Lunatic asylums Punjab 1868-1880 - 1868-1880
Year: 1868
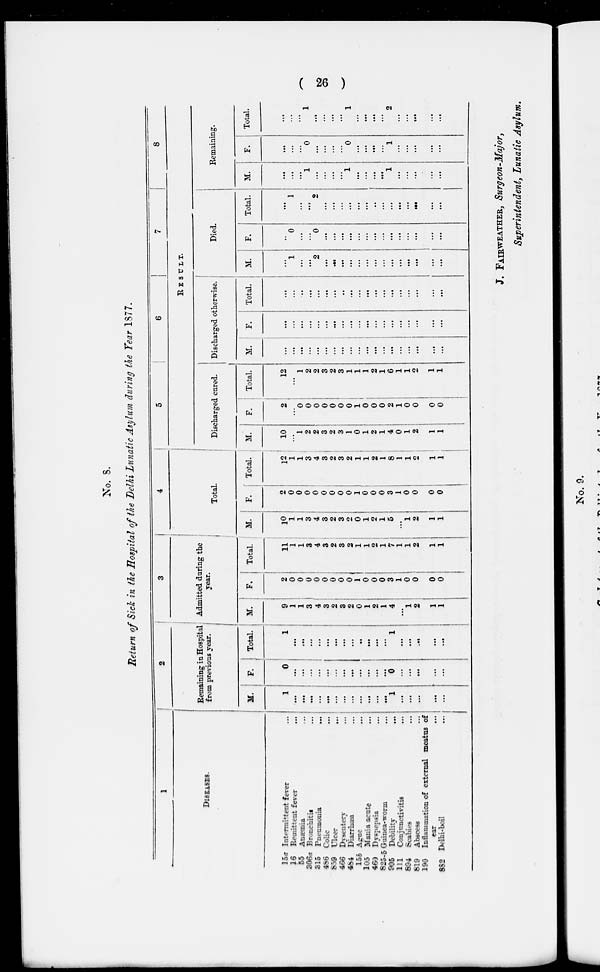
(26)
No. 8.
Return of Sick in the Hospital of the Delhi Lunatic Asylum during the Year 1877.
1
DISEASES.
15a
16
55
306a
315
486
859
466
484
15b
105
460
825-5
905
111
894
819
190
882
Intermittent fever ...
Remittent fever ...
Anæmia ...
Bronchitis ...
Pneumonia ...
Colic ...
Ulcer ...
Dysentery ...
Diarrhœa ...
Ague ...
Mania acute ...
Dyspepsia ...
Guinea-worm ...
Debility ...
Conjunctivitis ...
Scabies ...
Abscess ...
Inflammation of external meatus of
ear ...
Delhi-boil ...
2
Remaining in Hospital
from previous year.
M.
1
...
...
...
...
...
...
...
...
...
...
...
...
1
...
...
...
...
...
F.
0
...
...
...
...
...
...
...
...
...
...
...
...
0
...
...
...
...
...
Total.
1
...
...
...
...
...
...
...
...
...
...
...
...
1
...
...
...
...
...
Admitted during the
year.
M.
9
1
1
3
4
3
2
3
2
0
1
2
1
4
...
1
2
1
1
F.
2
0
0
0
0
0
0
0
0
1
0
0
0
3
1
0
0
0
0
Total.
11
1
1
3
4
3
2
3
2
1
1
2
1
7
1
1
2
1
1
4
Total.
M.
10
1
1
3
4
3
2
3
2
0
1
2
1
5
...
1
2
1
1
F.
2
0
0
0
0
0
0
0
0
1
0
0
0
3
1
0
0
0
0
Total.
12
1
1
3
4
3
2
3
2
1
1
2
1
8
1
1
2
1
1
5
6
7
8
RESULTS.
Discharged cured.
M.
10
...
1
2
2
3
2
3
1
0
1
2
1
4
0
1
2
1
1
F.
2
...
0
0
0
0
0
0
0
1
0
0
0
2
1
0
0
0
0
Total.
12
...
1
2
2
3
2
3
1
1
1
2
1
6
1
1
2
1
1
Discharged otherwise.
M.
...
...
...
...
...
...
...
...
...
...
...
...
...
...
...
...
...
...
...
F.
...
...
...
...
...
...
...
...
...
...
...
...
...
...
...
...
...
...
...
Total.
...
...
...
...
...
...
...
...
...
...
...
...
...
...
...
...
...
...
...
Died.
M.
...
1
...
...
2
...
...
...
...
...
...
...
...
...
...
...
...
...
...
F.
...
0
...
...
0
...
...
...
...
...
...
...
...
...
...
...
...
...
...
Total.
...
1
...
...
2
...
...
...
...
...
...
...
...
...
...
...
...
...
...
Remaining.
M.
...
...
...
1
...
...
...
...
1
...
...
...
...
1
...
...
...
...
...
F.
...
...
...
0
...
...
...
...
0
...
...
...
...
1
...
...
...
...
...
Total.
...
...
...
1
...
...
...
...
1
...
...
...
...
2
...
...
...
...
...
J. FAIRWEATHER, Surgeon-Major,
Superintendent, Lunatic Asylum.